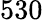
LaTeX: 530